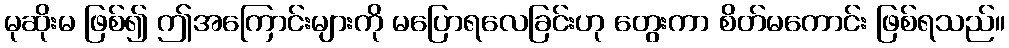
မုဆိုးမ ဖြစ်၍ ဤအကြောင်းများကို မပြောရလေခြင်းဟု တွေးကာ စိတ်မကောင်း ဖြစ်ရသည်။